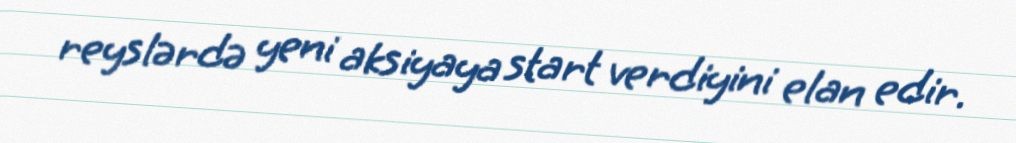
reyslərdə yeni aksiyaya start verdiyini elan edir.